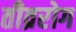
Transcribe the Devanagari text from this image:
तीव्ररोग